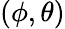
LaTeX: (\phi,\theta)